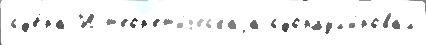
сф'е́ра И т'еор'ет'и́ческаjа сформул'и́ровал